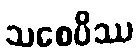
သစေပိဿ